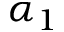
\alpha _ { 1 }